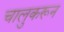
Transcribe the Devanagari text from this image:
चालुकरून